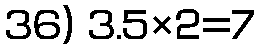
36) 3.5×2=7